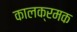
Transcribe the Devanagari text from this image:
कालक्रमक